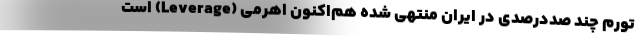
تورم چند صددرصدی در ایران منتهی شده هم‌اکنون اهرمی (Leverage) است